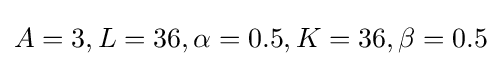
A=3,L=36,\alpha =0.5,K=36,\beta =0.5